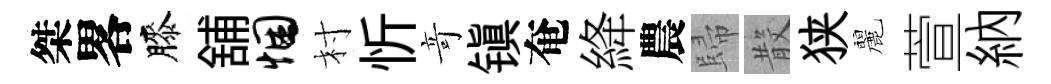
桀畧膝舖悃村忻竒镇奄絳農歸𣪚狭麗萱納